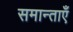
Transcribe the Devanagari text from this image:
समान्ताएँ